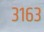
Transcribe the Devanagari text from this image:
३१६३